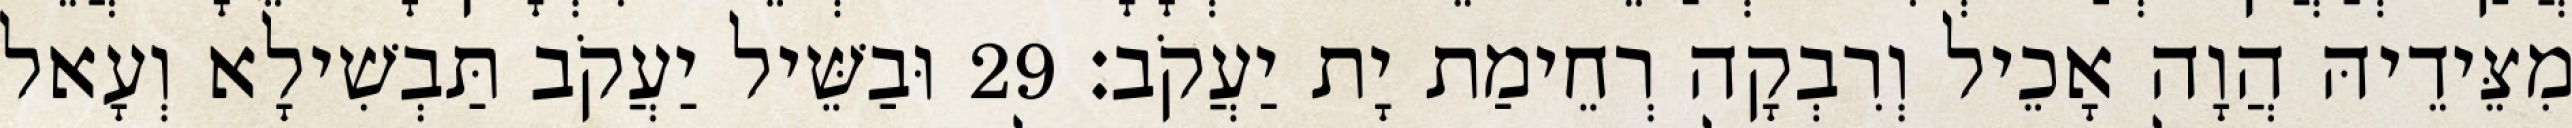
מִצֵּידֵיהּ הֲוָה אָכֵיל וְרִבְקָה רְחֵימַת יָת יַעֲקֹב׃ 29 וּבַשֵּׁיל יַעֲקֹב תַּבְשִׁילָא וְעָאל